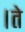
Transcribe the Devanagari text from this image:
।ते